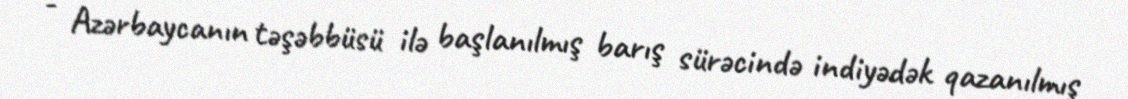
- Azərbaycanın təşəbbüsü ilə başlanılmış barış sürəcində indiyədək qazanılmış